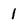
Character: 1